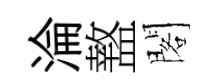
淪盩閣